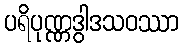
ပရိပုဏ္ဏဒွါဒသဝဿာ